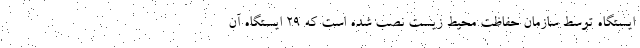
ایستگاه توسط سازمان حفاظت محیط‌ زیست نصب شده است که ۲۹ ایستگاه آن